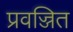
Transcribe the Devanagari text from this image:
प्रवज्जित